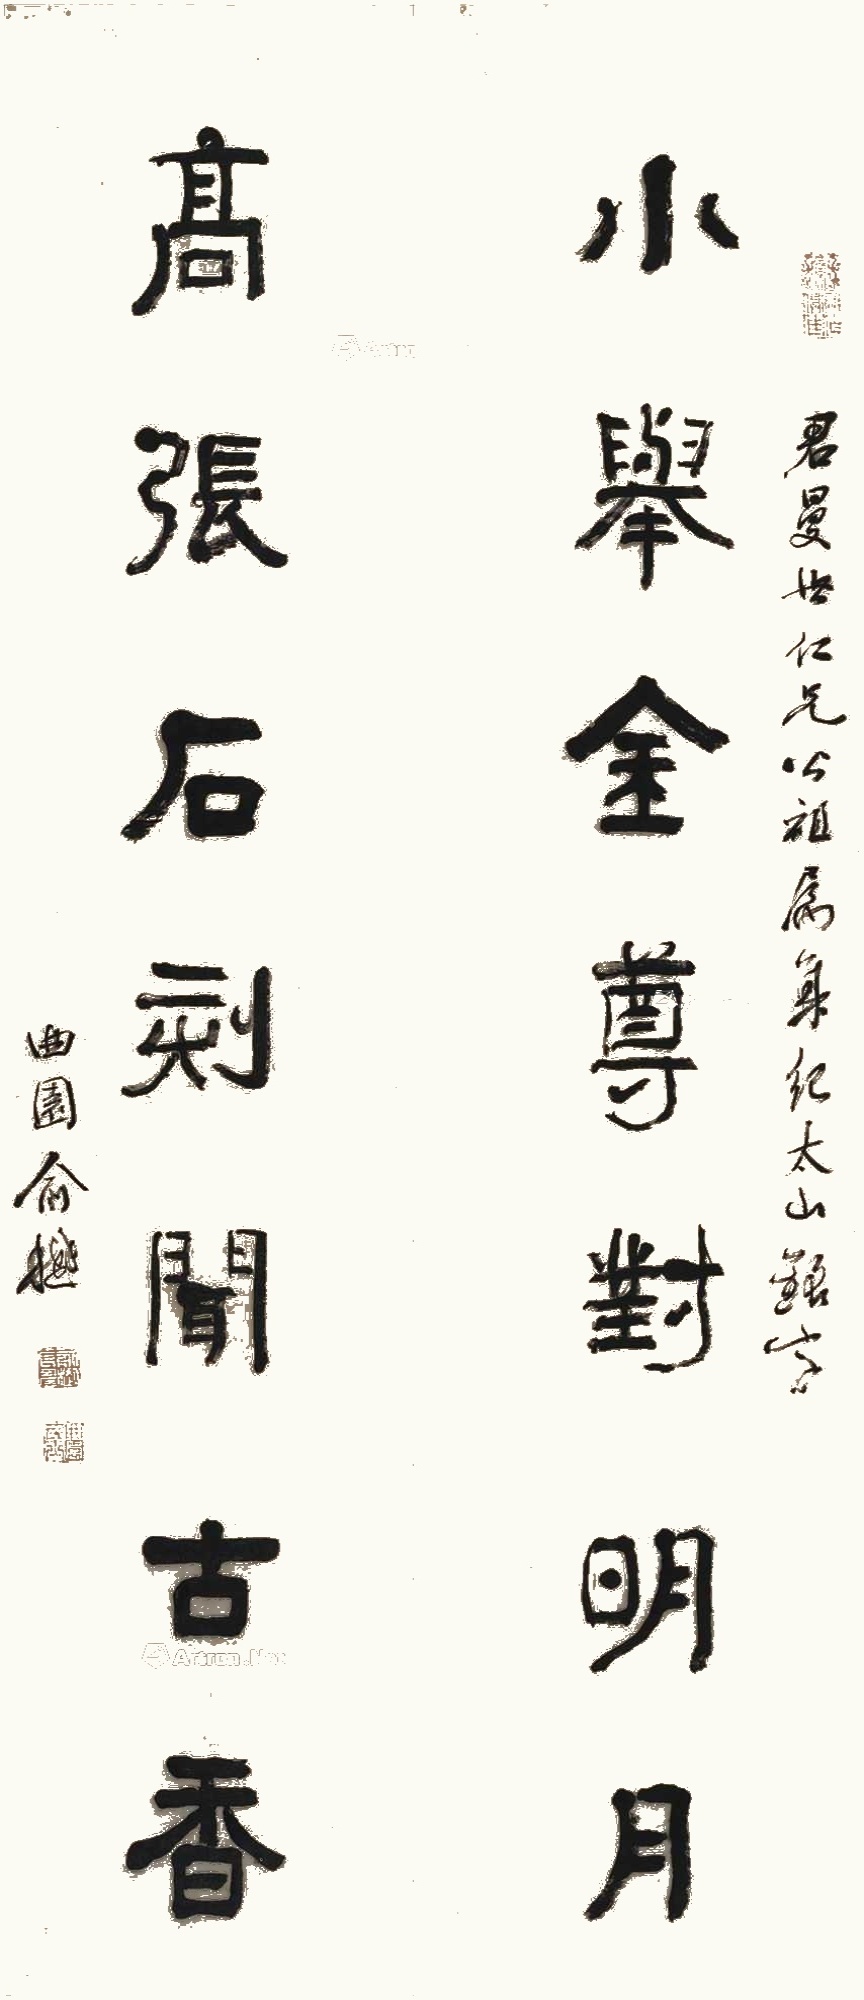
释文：小举金尊对明月，高张石刻闻古香。君曼世仁兄公祖属，集纪太山铭字，曲园俞樾。